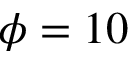
\phi = 1 0